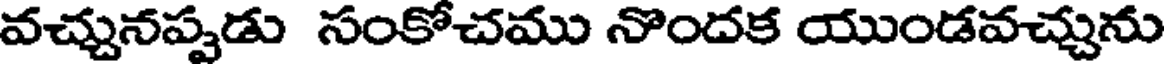
వచ్చునప్పుడు సంకోచము నొందక యుండవచ్చును